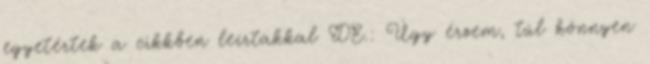
egyetértek a cikkben leírtakkal DE.: Úgy érzem, túl könnyen